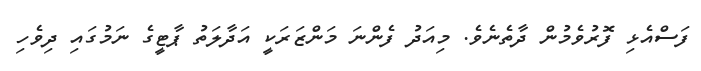
ފަސްއެޅި ފޮރުވެމުން ދާތެނެވެ. މިއަދު ފެންނަ މަންޒަރަކީ އަދާލަތު ޕާޓީގެ ނަމުގައި ދިވެހި